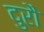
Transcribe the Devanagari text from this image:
दुरौ